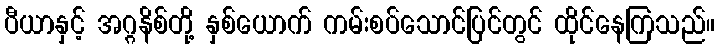
ပီယာနှင့် အဂ္ဂနိစ်တို့ နှစ်ယောက် ကမ်းစပ်သောင်ပြင်တွင် ထိုင်နေကြသည်။